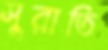
সুরাতি